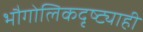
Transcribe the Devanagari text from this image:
भौगोलिकदृष्ट्याही